Medical and sanitary report of the native army of Bengal for the year
Year: 1874
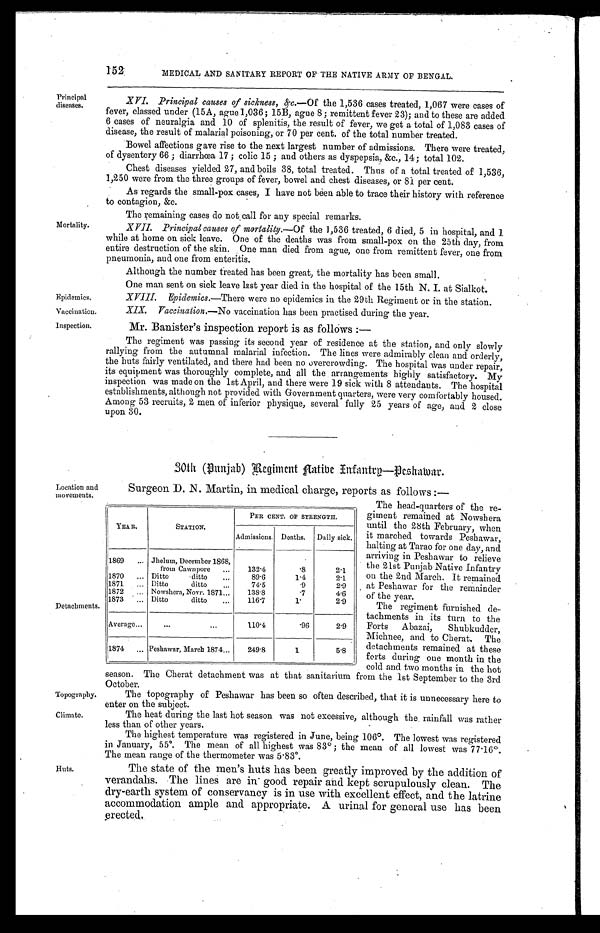
Epidemics.
Vaccination.
Inspection.
Topography.
Climate.
152
Principal
diseases.
Mortality.
MEDICAL AND SANITARY REPORT OF THE NATIVE ARMY OF BENGAL.
XVI. Principal causes of' sickness, &c.—Of the 1,536 cases treated, 1,067 were cases of
fever, classed under (15A, ague 1,036; 15B, ague 8; remittent fever 23); and to these are added
6 cases of neuralgia and 10 of splenitis, the result of fever, we get a total of 1,083 cases of
disease, the result of malarial poisoning, or 70 per cent. of the total number treated.
Bowel affections gave rise to the next largest number of admissions. There were treated,
of dysentery 66; diarrhœa 17; colic 15; and others as dyspepsia, &c., 14; total 102.
Chest diseases yielded 27, and boils 38, total treated. Thus of a total treated of 1,536,
1,250 were from the three groups of fever, bowel and chest diseases, or 81 per cent.
As regards the small-pox cases, I have not been able to trace their history with reference
to contagion, &c.
The remaining cases do not call for any special remarks.
XVII. Principal causes of mortality.—Of the 1,536 treated, 6 died, 5 in hospital, and 1
while at home on sick leave. One of the deaths was from small-pox on the 25th day, from
entire destruction of the skin. One man died from ague, one from remittent fever, one from
pneumonia, and one from enteritis.
Although the number treated has been great, the mortality has been small.
One man sent on sick leave last year died in the hospital of the 15th N. I. at Sialkot.
XVIII. Epidemics.—There were no epidemics in the 29th Regiment or in the station.
XIX. Vaccination.—No vaccination has been practised during the year.
Mr. Banister's inspection report is as follows:
—
The regiment was passing its second year of residence at the station, and only slowly
rallying from the autumnal malarial infection. The lines were admirably clean and orderly,
the huts fairly ventilated, and there had been no overcrowding. The hospital was under repair,
its equipment was thoroughly complete, and all the arrangements highly satisfactory. My
inspection was made on the 1st April, and there were 19 sick with 8 attendants. The hospital
establishments, although not provided with Government quarters, were very comfortably housed.
Among 53 recruits, 2 men of inferior physique, several fully 25 years of age, and 2 close
upon 30.
30th (Punjab) Regiment Native Infantry—Peshawar.
Location and
movements.
Detachments.
Huts.
Surgeon D. N. Martin, in medical charge, reports as follows:—
YEAR.
STATION.
PER CENT. OF STRENGTH.
Admissions. Deaths. Daily sick.
1869
Jhelum, December 1868,
from Cawnpore
132.4
.8
2.1
1870
Ditto ditto
89.6
1.4
2.1
1871
Ditto ditto
74.5
.9
2.9
1872
Nowshera, Novr. 1871
138.8
.7
4 . 6
1873
Ditto ditto
116.7
1 .
2.9
Average
110.4
.96
2.9
1874
Peshawar, March 1874
249.8
1
5.8
sanitarium
detachment was at that
season. The Cherat
October.
The topography of Peshawar has been so often described, that it is unnecessary here to
enter on the subject.
The heat during the last hot season was not excessive, although the rainfall was rather
less than of other years.
The highest temperature was registered in June, being 106°. The lowest was registered
in January, 55°. The mean of all highest was 83°; the mean of all lowest was 77.16°.
The mean range of the thermometer was 5.83°.
The state of the men's huts has been greatly improved by the addition of
verandahs. The lines are in good repair and kept scrupulously clean. The
dry-earth system of conservancy is in use with excellent effect, and the latrine
accommodation ample and appropriate. A urinal for general use has been
erected.
The head-quarters of the re
-giment remained at Nowshera
until the 28th February, when
it marched towards Peshawar,
halting at Tarao for one day, and
arriving in Peshawar to relieve
the 21st Punjab Native Infantry
on the 2nd March. It remained.
at Peshawar for the remainder
of the year.
The regiment furnished de
-tachments in its turn to the
Forts Abazai, Shubkudder,
Michnee, and to Cherat. The
detachments remained at these
forts during one month in the
cold and two months in the hot
from the 1st September to the 3rd